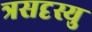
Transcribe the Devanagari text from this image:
त्रसदृस्यु